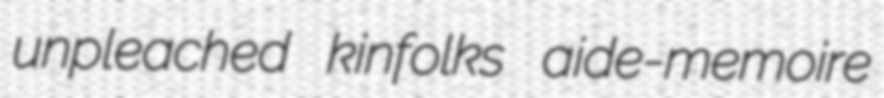
unpleached kinfolks aide-memoire